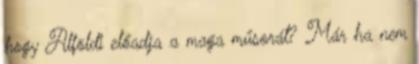
hogy Alföldi előadja a maga műsorát? Már ha nem